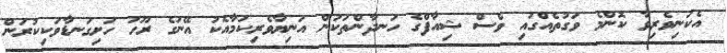
އެކަނިވެރިވާ ކޮންމެ ވަގުތެއްގައި ވެސް ޝިއާފްގެ ހަނދާންތަކުން އަނިޔާވެރިކަމާއެކު އޭނަގެ ރޫހު ހަށިގަނޑާވަކިކުރަން